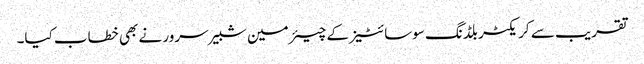
تقریب سے کریکٹر بلڈنگ سوسائٹیز کے چیئرمین شبیر سرور نے بھی خطاب کیا۔